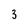
Character: 3